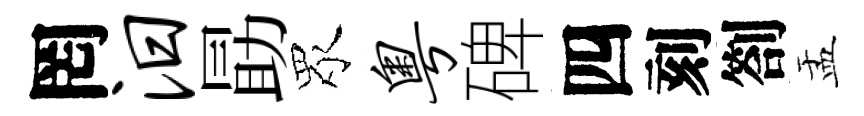
罔汨勗眾粤碑四刻劄盂